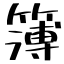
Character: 簿